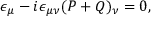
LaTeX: \epsilon _ { \mu } - i \epsilon _ { \mu \nu } ( P + Q ) _ { \nu } = 0 ,